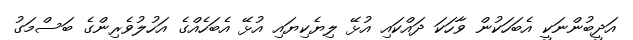
އަދީބުންނަކީ އެބަހަކުން ވާހަކަ ދައްކައި އުޅޭ ލިޔެކިޔައި އުޅޭ އެބަހެއްގެ އަހުލުވެރިންގެ ބަސްމަގު